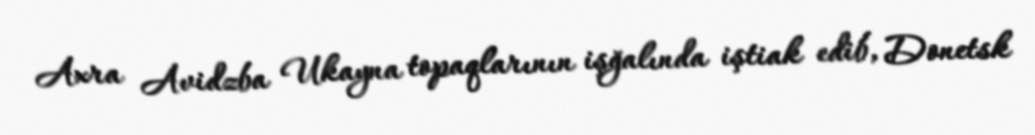
Axra Avidzba Ukayna topaqlarının işğalında iştiak edib, Donetsk